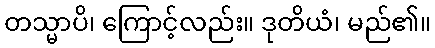
တသ္မာပိ၊ ကြောင့်လည်း။ ဒုတိယံ၊ မည်၏။